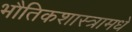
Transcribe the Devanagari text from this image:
भौतिकशास्त्रामधे